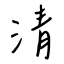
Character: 清